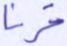
قرنا